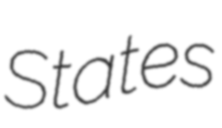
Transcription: States